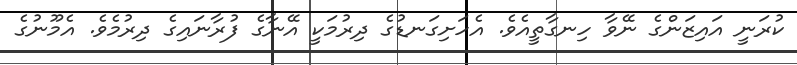
ކުރަނީ އައިޒަންގެ ނޭވާ ހިނގާތީއެވެ. އެހަށިގަނޑުގެ ދިރުމަކީ އޭނާގެ ފުރާނައިގެ ދިރުމެވެ. އެމޫނުގެ